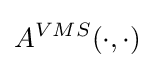
A^{VMS}(\cdot ,\cdot )